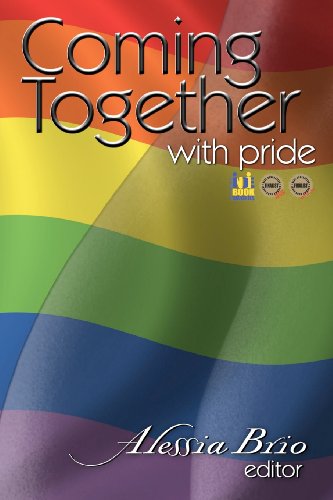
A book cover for Coming Together: With Pride; Alessia Brio; Romance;